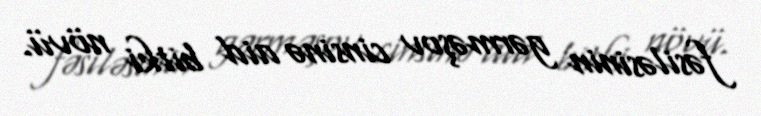
fəsiləsinin gərməşov cinsinə aid bitki növü.